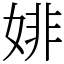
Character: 婔